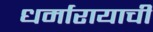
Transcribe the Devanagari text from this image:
धर्मारायाची